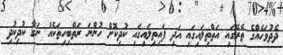
ދެދުވަހެއްގެ ތެރޭގައި އަތްތިލައިގައި އަދި ފައިތިލައިގައި ކުދިކޮށް ހުންނަ ރަތްބިހިތަކެއް ނަގާ ކުދިކުދި